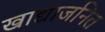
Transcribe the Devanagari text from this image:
खाद्याजनित